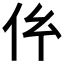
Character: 𠆺